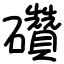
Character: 礸